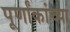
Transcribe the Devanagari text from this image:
पूर्णांकांच्या